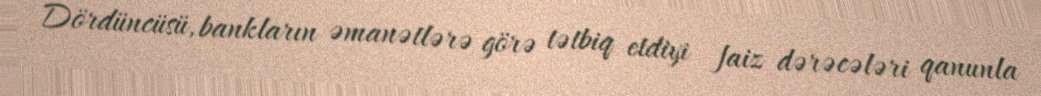
Dördüncüsü, bankların əmanətlərə görə tətbiq etdiyi faiz dərəcələri qanunla